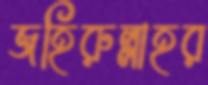
জহিরুল্লাহর